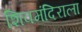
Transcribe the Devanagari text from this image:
शिवमंदिराला